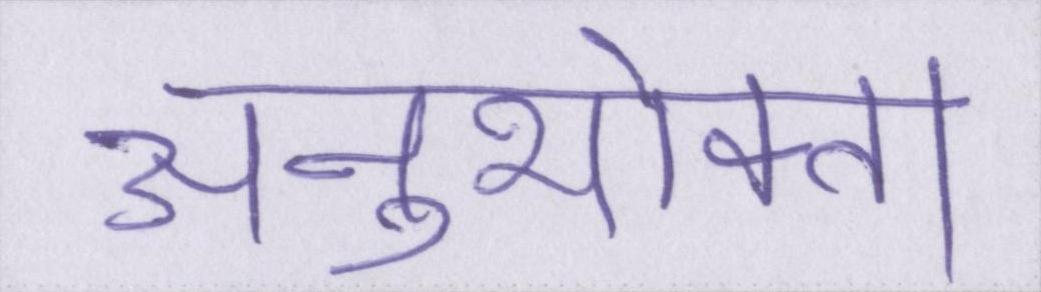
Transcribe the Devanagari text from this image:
अनुभोक्ता